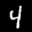
Label: 4